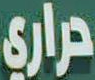
حراري